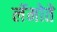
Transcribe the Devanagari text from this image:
लॅमोते